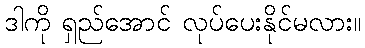
ဒါကို ရှည်အောင် လုပ်ပေးနိုင်မလား။